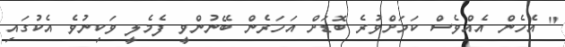
" އެހެން އެއްވެސް ކަމަށްވުރެ ބޮޑަށް އަހަރެން ބޭނުންވީ ފެމެލީ ވަކިނުވެ އެކުގައި